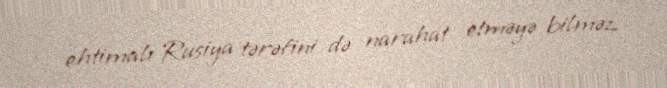
ehtimalı Rusiya tərəfini də narahat etməyə bilməz.